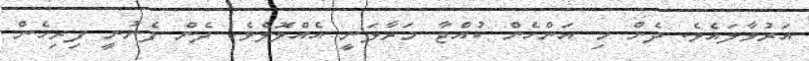
އަރުވާލައެވެ. ދެން މި އަންހެން ކުއްޖާ މަރާލަނީ އެއްލޮލެވެ. ދެން ފެނުނީ ފިރިހެން